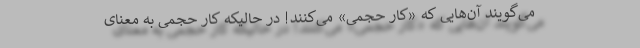
می‌گویند آن‌هایی که «کار حجمی» می‌کنند! در حالیکه کار حجمی به معنای